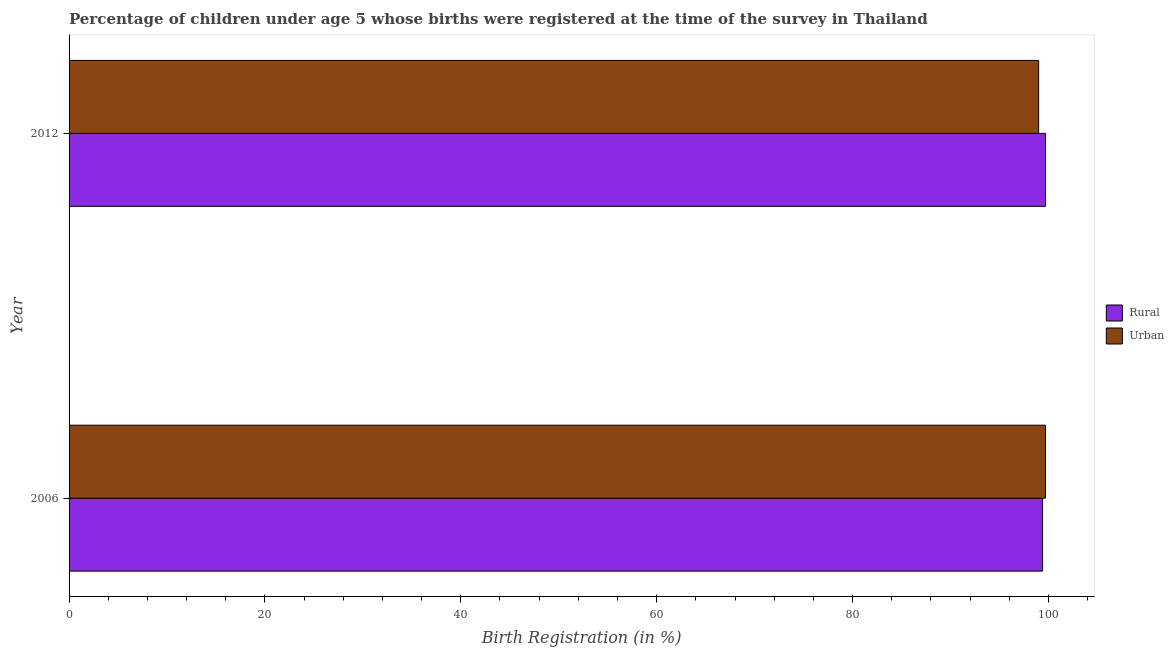
| Year | Rural | Urban |
 | --- | --- | --- |
 | 2006 | 99.4 | 99.7 |
 | 2012 | 99.7 | 99 |